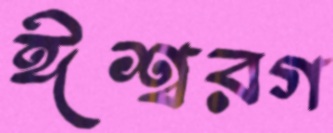
ঈশ্বরগ